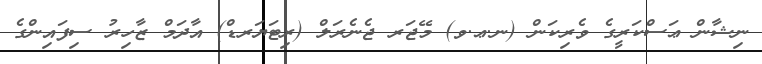
ނިޝާން ޢަސްކަރީގެ ވެރިކަން (ނ.ޢ.ވ) މޭޖަރ ޖެނެރަލް (ރިޓަޔަރޑް) އާދަމް ޒާހިރު ސިފައިންގެ